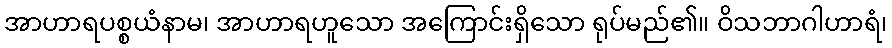
အာဟာရပစ္စယံနာမ၊ အာဟာရဟူသော အကြောင်းရှိသော ရုပ်မည်၏။ ဝိသဘာဂါဟာရံ၊